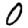
Digit: 0